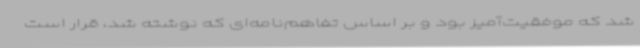
شد که موفقیت‌آمیز بود و بر اساس تفاهم‌نامه‌ای که نوشته شد، قرار است